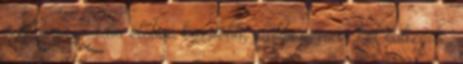
a Mária Rádió élőben közvetíti, előbbi immár két évtizede,